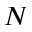
N